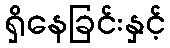
ရှိနေခြင်းနှင့်